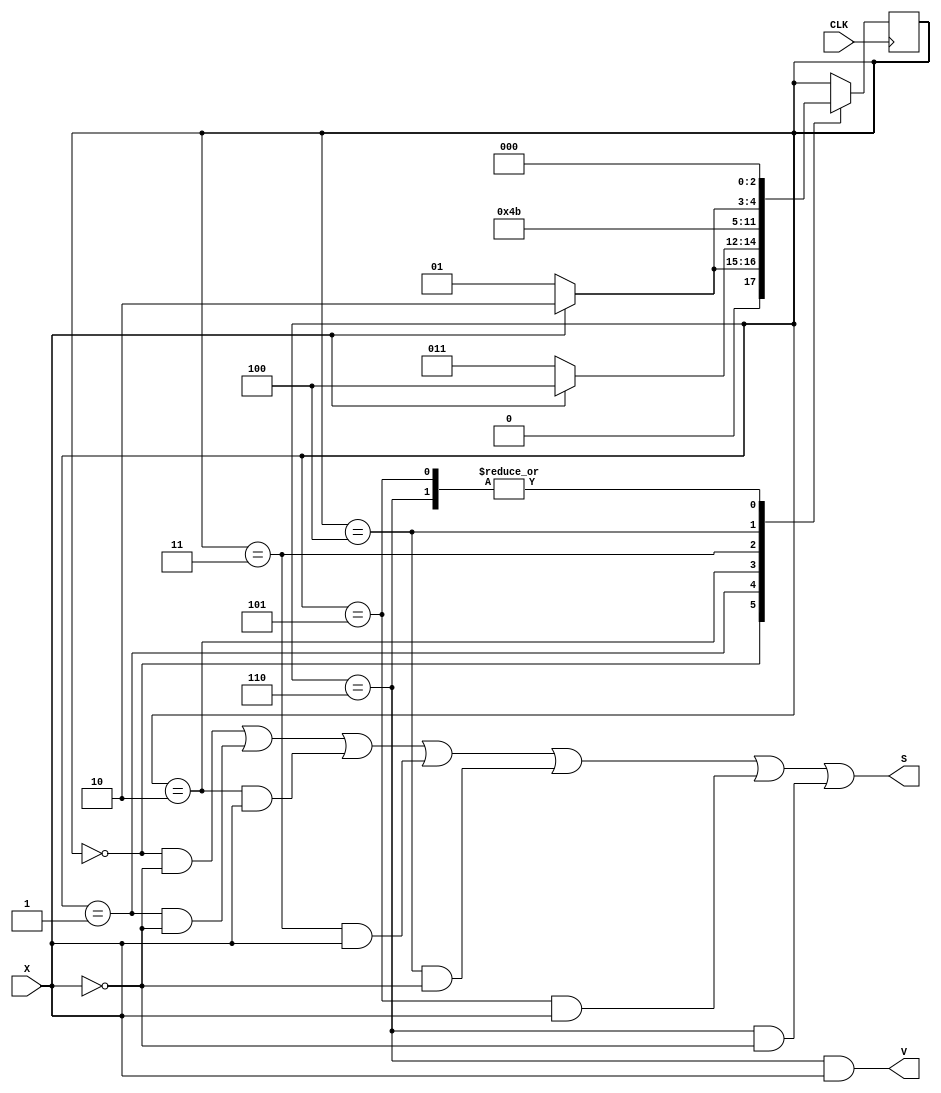
module Excess3Behavioral(X, CLK, S, V);
input X, CLK;
output S, V;
wire X, CLK, S, V;
reg [2:0] State;

initial
begin
  State = 0;
end

always @(negedge CLK)
begin
  case(State)
    0: begin 
	if (X == 1'b0) State <= 1;
       	else State <= 2;
	end
    1: begin 
	if (X == 1'b0) State <= 3;
        else State <= 4;
	end
    2: begin 
	if (X == 1'b0) State <= 4;
        else State <= 4;
	end
    3: begin 
	if (X == 1'b0) State <= 5;
        else State <= 5;
	end	
    4: begin 
	if (X == 1'b0) State <= 5;
        else State <= 6;
	end
    5: begin 
	if (X == 1'b0) State <= 0;
        else State <= 0;
	end
    6: begin 
	if (X == 1'b0) State <= 0;
        else State <= 0;
	end
  endcase
end 

assign S = (State == 0 && X == 0) || (State == 1 && X == 0) || (State == 2 && X == 1) 
           || (State == 3 && X == 1) || (State == 4 && X == 0) || (State == 5 && X == 1) 
	   || (State == 6 && X == 0);
assign V = (State == 6 && X == 1);

endmodule